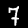
Label: 7